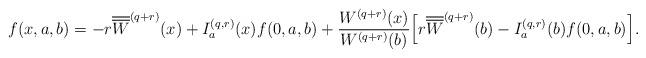
LaTeX: \begin{align*} f(x,a,b) & =- r \overline{\overline{W}}^{(q+r)}(x) + I_a^{(q,r)}(x) f(0,a,b) + \frac {W^{(q+r)}(x)} {W^{(q+r)}(b)} \Big[ r \overline{\overline{W}}^{(q+r)}(b) - I_a^{(q,r)}(b) f(0,a,b)\Big]. \end{align*}